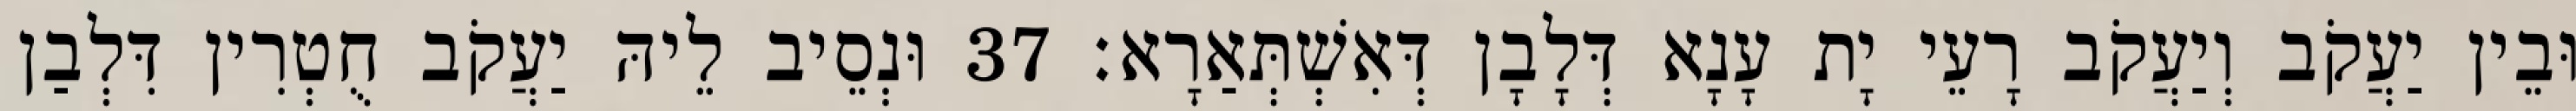
וּבֵין יַעֲקֹב וְיַעֲקֹב רָעֵי יָת עָנָא דְּלָבָן דְּאִשְׁתְּאַרָא׃ 37 וּנְסֵיב לֵיהּ יַעֲקֹב חֻטְרִין דִּלְבַן